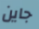
جاين